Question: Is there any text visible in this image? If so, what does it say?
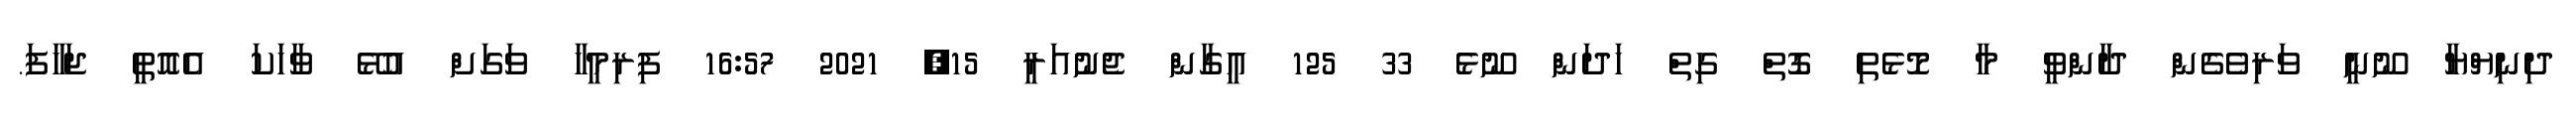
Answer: ދިނިޔްޔާ ނޫނީ ވަރިވެގެން ދާންވީ މާ މޮޅެތި ގޮތް ގިތް ހަދަން ނޫޅެ 33 125 އީގާން ޖެނުއަރީ 15, 2021 16:57 ފިރިމީހާ ވަގަށް އުޅޭ ވާހަކަ އެއޮތީ ޖަހާފަ.